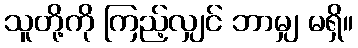
သူတို့ကို ကြည့်လျှင် ဘာမျှ မရှိ။